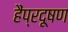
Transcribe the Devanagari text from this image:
हैंप्रदूषण